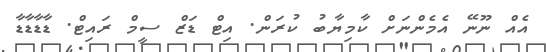
އެއް ނޫނޭ އެމެންނަށް ކާމިޔާބު ކުރަން. އިޓް ޑަޒް ސީމް ރައިޓް. ޑާޑާޑާޑާ